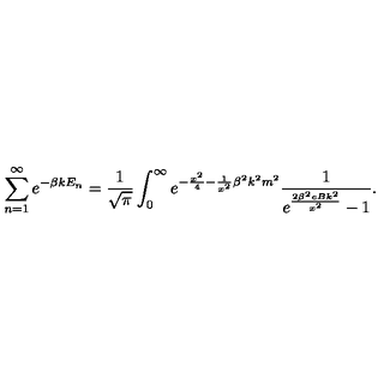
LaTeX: \sum _ { n = 1 } ^ { \infty } e ^ { - \beta k E _ { n } } = \frac { 1 } { \sqrt { \pi } } \int _ { 0 } ^ { \infty } e ^ { - \frac { x ^ { 2 } } { 4 } - \frac { 1 } { x ^ { 2 } } { \beta } ^ { 2 } k ^ { 2 } m ^ { 2 } } \frac { 1 } { e ^ { \frac { 2 { \beta } ^ { 2 } e B k ^ { 2 } } { x ^ { 2 } } } - 1 } .